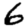
Digit: 6